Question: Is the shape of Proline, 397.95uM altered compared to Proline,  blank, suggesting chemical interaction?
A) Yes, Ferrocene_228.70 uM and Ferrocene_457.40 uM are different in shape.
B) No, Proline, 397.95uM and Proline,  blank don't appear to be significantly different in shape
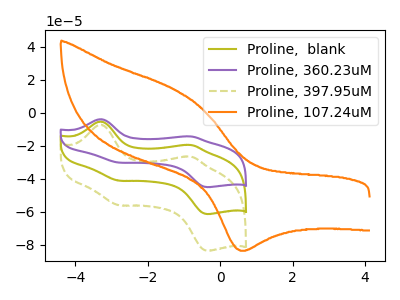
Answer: <think>The olive curve "Proline,  blank" has anodic peaks at (-3.35V, -5.30uA) (-0.80V, -19.50uA) and cathodic peaks at (-2.80V, -41.10uA) (-0.35V, -61.35uA). The purple curve "Proline, 360.23uM" has anodic peaks at (-3.35V, -10.60uA) (-0.80V, -38.95uA) and cathodic peaks at (-2.80V, -82.25uA) (-0.35V, -122.75uA). The olive dashed curve "Proline, 397.95uM" has anodic peaks at (-3.35V, -7.20uA) (-0.80V, -26.55uA) and cathodic peaks at (-2.80V, -56.00uA) (-0.35V, -83.60uA). The orange curve "Proline, 107.24uM" has an anodic peak at (-1.25V, 13.95uA) and a cathodic peak at (0.65V, -83.60uA).
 All the peaks in "Proline, 397.95uM" have a peak in "Proline,  blank" at the same potential.</think>
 <answer>B) No, "Proline, 397.95uM" and "Proline,  blank" don't appear to be significantly different in shape</answer>
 <eval>B</eval>